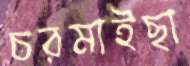
চরমাইছা